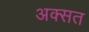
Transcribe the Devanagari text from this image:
अक्सत